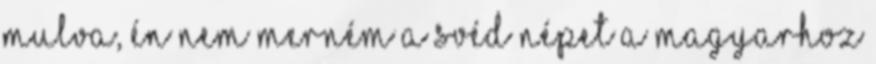
mulva, én nem merném a svéd népet a magyarhoz